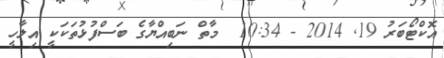
އޮކްޓޯބަރު 19